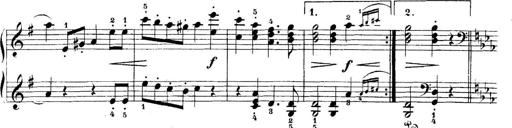
Title: 5 Sonatinas
Composer: Theodor Kirchner